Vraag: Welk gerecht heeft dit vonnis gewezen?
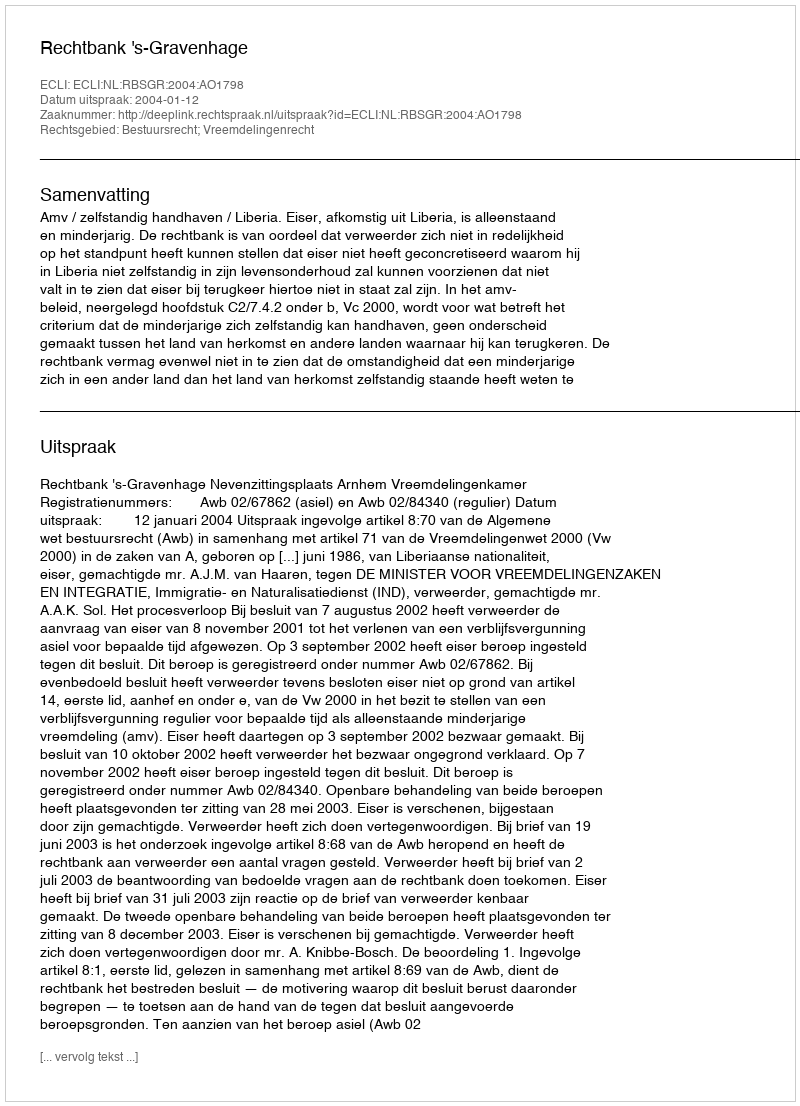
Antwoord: Rechtbank 's-Gravenhage